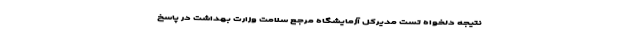
نتیجه دلخواه تست مدیرکل آزمایشگاه مرجع سلامت وزارت بهداشت در پاسخ